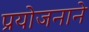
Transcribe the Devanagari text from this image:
प्रयोजनाने